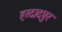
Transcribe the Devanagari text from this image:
हरदादपुर